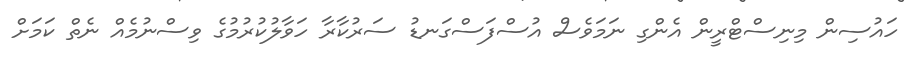
ހައުސިން މިނިސްޓްރީން އެންގި ނަމަވެސް އުސްފަސްގަނޑު ސަރުކާރާ ހަވާލުކުރުމުގެ ވިސްނުމެއް ނެތް ކަމަށް